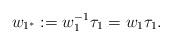
LaTeX: \begin{align*}w_{1^{*}}:=w_{1}^{-1}\tau_{1}=w_{1}\tau_{1}.\end{align*}